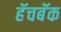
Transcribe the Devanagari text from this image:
हॅचबॅक